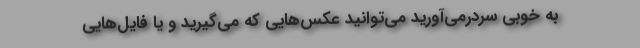
به خوبی سردرمی‌آورید می‌توانید عکس‌هایی که می‌گیرید و یا فایل‌هایی